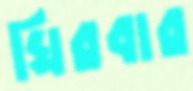
ঘিরবার